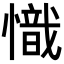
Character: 𢡠